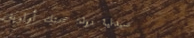
صيدلية دواء: صحتك أولويتن